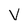
Character: V